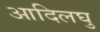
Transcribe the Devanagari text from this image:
आदिलघु